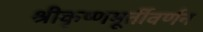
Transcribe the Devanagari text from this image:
श्रीकृष्णमूर्तीवर्णन